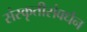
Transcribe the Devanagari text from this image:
संस्कृतीसंवर्धन